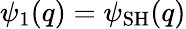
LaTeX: \psi_{1}(q)=\psi_{\mathrm{SH}}(q)